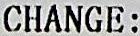
CHANGE: